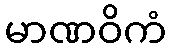
မာဏဝိကံ